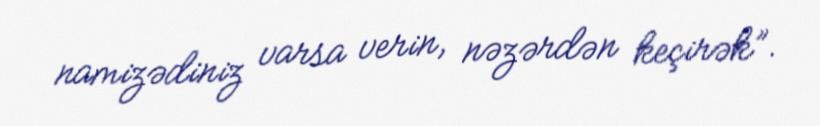
namizədiniz varsa verin, nəzərdən keçirək”.